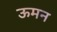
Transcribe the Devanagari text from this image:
ऊमन